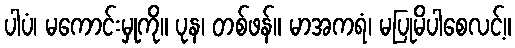
ပါပံ၊ မကောင်းမှုကို။ ပုန၊ တစ်ဖန်။ မာအကရံ၊ မပြုမိပါစေလင့်။